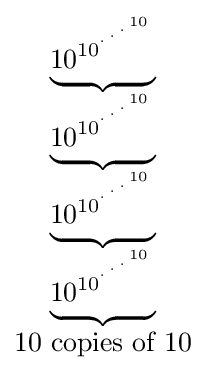
{\begin{matrix}\underbrace {10_{}^{10^{{}^{.\,^{.\,^{.\,^{10}}}}}}} \\\underbrace {10_{}^{10^{{}^{.\,^{.\,^{.\,^{10}}}}}}} \\\underbrace {10_{}^{10^{{}^{.\,^{.\,^{.\,^{10}}}}}}} \\\underbrace {10_{}^{10^{{}^{.\,^{.\,^{.\,^{10}}}}}}} \\10{\mbox{ copies of }}10\end{matrix}}